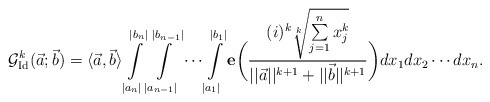
\begin{align*}\mathcal{G}^k_{\mathrm{Id}}(\vec{a};\vec{b})=\langle \vec{a},\vec{b}\rangle \int \limits_{|a_n|}^{|b_n|} \int \limits_{|a_{n-1}|}^{|b_{n-1}|}\cdots \int \limits_{|a_1|}^{|b_1|}\mathbf{e}\bigg(\frac{(i)^k\sqrt[k]{\sum \limits_{j=1}^{n}x^k_j}}{||\vec{a}||^{k+1}+||\vec{b}||^{k+1}}\bigg)dx_1dx_2\cdots dx_n.\end{align*}